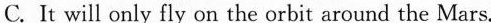
D.It will get to the Mars in about a year.